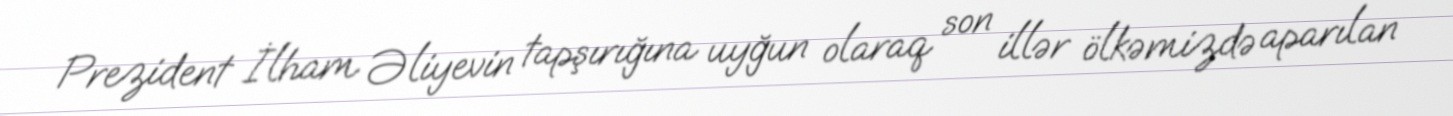
Prezident İlham Əliyevin tapşırığına uyğun olaraq son illər ölkəmizdə aparılan